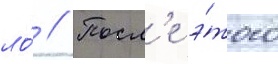
ло́ // Посл'е э́того